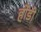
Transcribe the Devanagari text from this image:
र्होडी